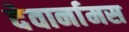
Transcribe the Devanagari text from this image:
देवार्नामस